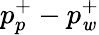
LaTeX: p_{p}^{+}-p_{\mathit{w}}^{+}